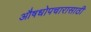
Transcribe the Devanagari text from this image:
औषधोपचारासाठी